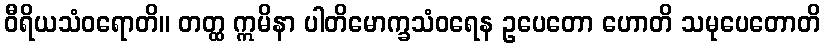
ဝီရိယသံဝရောတိ။ တတ္ထ ဣမိနာ ပါတိမောက္ခသံဝရေန ဥပေတော ဟောတိ သမုပေတောတိ